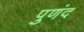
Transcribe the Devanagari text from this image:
पुणंद